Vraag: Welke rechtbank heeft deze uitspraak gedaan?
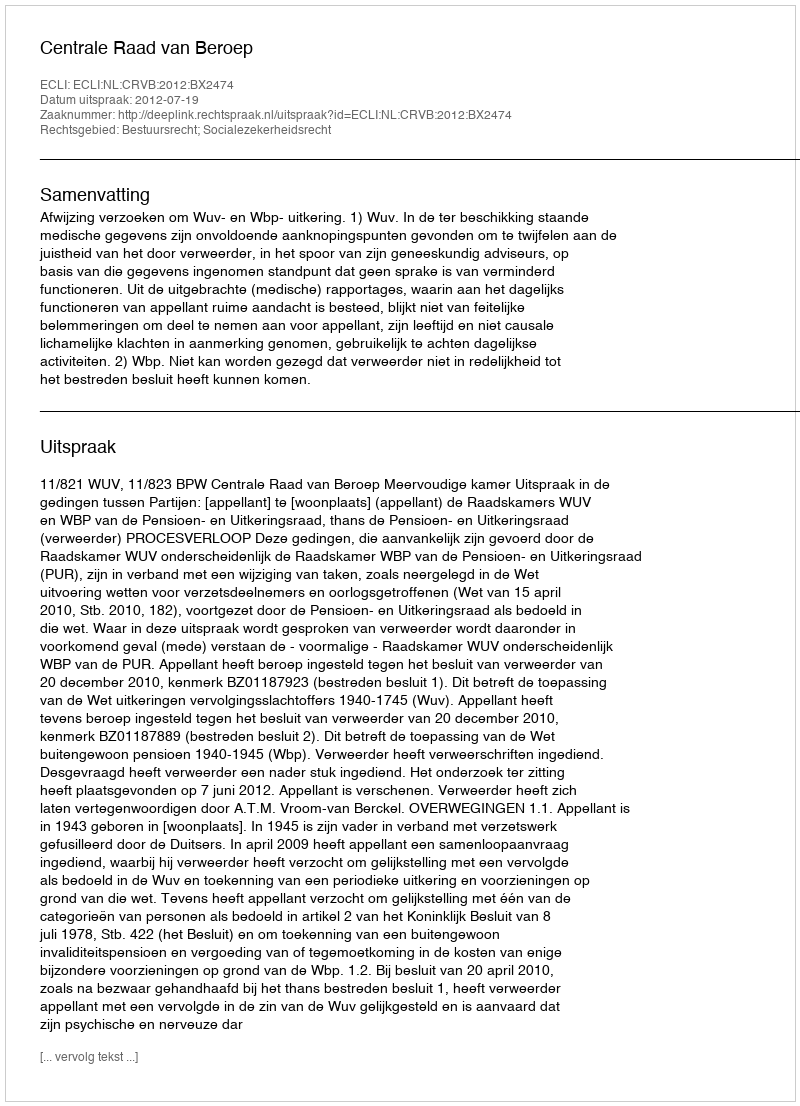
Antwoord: Centrale Raad van Beroep